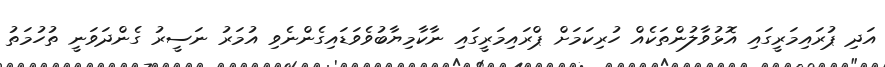
އަދި ޕުރައިމަރީގައި އޮޅުވާލުންތަކެއް ހުރިކަމަށް ޕްރައިމަރީގައި ނާކާމިޔާބުވެވަޑައިގެންނެވި އުމަރު ނަސީރު ގެންދަވަނީ ތުހުމަތު